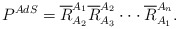
\begin{align*}P^{AdS}=\overline{R}_{A_{2}}^{A_{1}}\overline{R}_{A_{3}}^{A_{2}}\cdot \cdot\cdot \overline{R}_{A_{1}}^{A_{n}}. \end{align*}